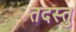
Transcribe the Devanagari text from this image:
तदस्तु